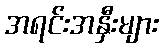
အရင်းအနှီးများ